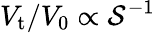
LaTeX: V_{\mathrm{t}}/V_{\mathrm{0}}\propto\mathcal{S}^{-1}